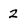
Character: 2